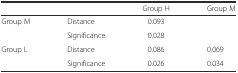
<table><thead><tr><td></td><td></td><td><b>Group H</b></td><td><b>Group M</b></td></tr></thead><tbody><tr><td rowspan="2">Group M</td><td>Distance</td><td>0.093</td><td></td></tr><tr><td>Significance</td><td>0.028</td><td></td></tr><tr><td rowspan="2">Group L</td><td>Distance</td><td>0.086</td><td>0.069</td></tr><tr><td>Significance</td><td>0.026</td><td>0.034</td></tr></tbody></table>